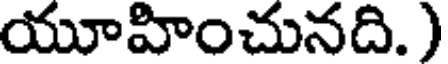
యూహించునది. )